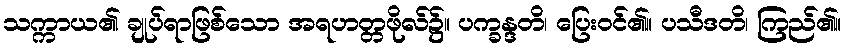
သက္ကာယ၏ ချုပ်ရာဖြစ်သော အရဟတ္တဖိုလ်၌။ ပက္ခန္ဒတိ၊ ပြေးဝင်၏။ ပသီဒတိ၊ ကြည်၏။